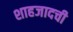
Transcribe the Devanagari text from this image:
शाहजादची